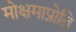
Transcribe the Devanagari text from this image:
मोक्षमाप्नोति